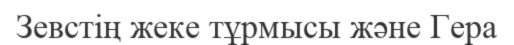
Зевстің жеке тұрмысы және Гера